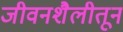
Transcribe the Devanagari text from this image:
जीवनशैलीतून